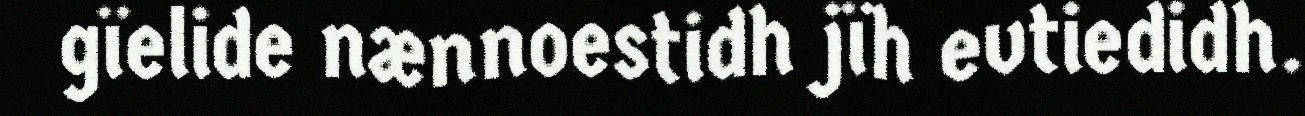
gïelide nænnoestidh jïh evtiedidh.